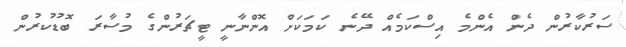
ސަރުކާރުން ދެން އެންމެ އިސްކަމެއް ދޭނެ ކަމަކަށް އޮންނާނީ ޓީޗަރުންގެ މުސާރަ ބޮޑުކުރުން